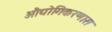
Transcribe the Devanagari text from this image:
औद्योगिकरणास